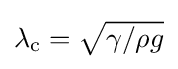
{\textstyle \lambda _{\rm {c}}={\sqrt {{\gamma }/{\rho g}}}}